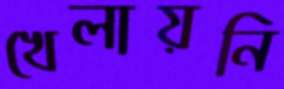
খেলায়নি